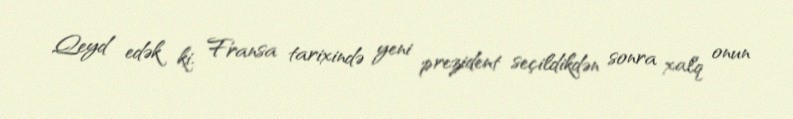
Qeyd edək ki, Fransa tarixində yeni prezident seçildikdən sonra xalq onun